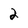
Character: 2